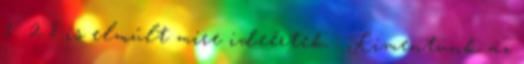
1 2 8 is elmúlt mire ideértek : Kimentünk az